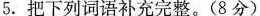
5.把下列词语补充完整。（8分）